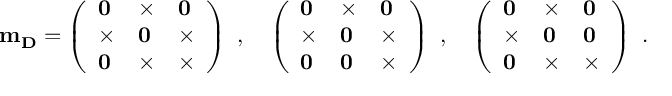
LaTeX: { \bf m _ { D } } = \left( \begin{array} { l l l } { { { \bf 0 } } } & { { \times } } & { { { \bf 0 } } } \\ { { \times } } & { { { \bf 0 } } } & { { \times } } \\ { { { \bf 0 } } } & { { \times } } & { { \times } } \end{array} \right) \ , \quad \left( \begin{array} { l l l } { { { \bf 0 } } } & { { \times } } & { { { \bf 0 } } } \\ { { \times } } & { { { \bf 0 } } } & { { \times } } \\ { { { \bf 0 } } } & { { { \bf 0 } } } & { { \times } } \end{array} \right) \ , \quad \left( \begin{array} { l l l } { { { \bf 0 } } } & { { \times } } & { { { \bf 0 } } } \\ { { \times } } & { { { \bf 0 } } } & { { { \bf 0 } } } \\ { { { \bf 0 } } } & { { \times } } & { { \times } } \end{array} \right) \ .